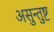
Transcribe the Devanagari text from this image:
असुन्तुष्ट